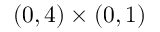
( 0 , 4 ) \times ( 0 , 1 )